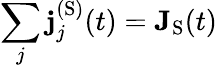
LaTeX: \sum_{j}\mathbf{j}_{j}^{(\textrm{S})}(t)=\mathbf{J}_{\textrm{S}}(t)